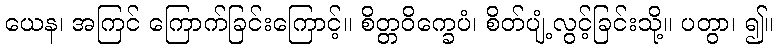
ယေန၊ အကြင် ကြောက်ခြင်းကြောင့်။ စိတ္တဝိက္ခေပံ၊ စိတ်ပျံ့လွင့်ခြင်းသို့။ ပတွာ၊ ၍။